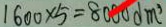
1 6 0 0 \times 5 = 8 0 0 0 d m ^ { 3 }